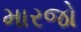
મારજો